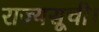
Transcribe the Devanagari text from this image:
राज्यसूची।